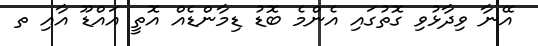
އޭނާ ވިދާޅުވި ގޮތުގައި އެންމެ ބޮޑު ޑިމާންޑެއް އޮތީ އައްޑޫ އާއި ތ